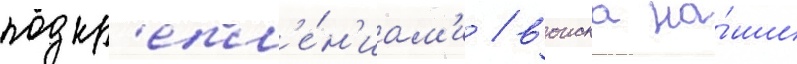
подкр'епл'е́н'иам'и / воиска на́ши